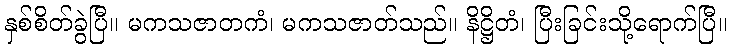
နှစ်စိတ်ခွဲပြီ။ မကသဇာတကံ၊ မကသဇာတ်သည်။ နိဋ္ဌိတံ၊ ပြီးခြင်းသို့ရောက်ပြီ။